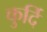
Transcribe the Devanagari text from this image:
कुर्दि